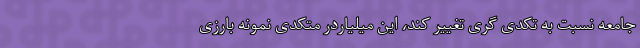
جامعه نسبت به تکدی ‌گری تغییر کند، این میلیاردر متکدی نمونه بارزی